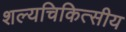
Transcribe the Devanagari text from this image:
शल्यचिकित्सीय